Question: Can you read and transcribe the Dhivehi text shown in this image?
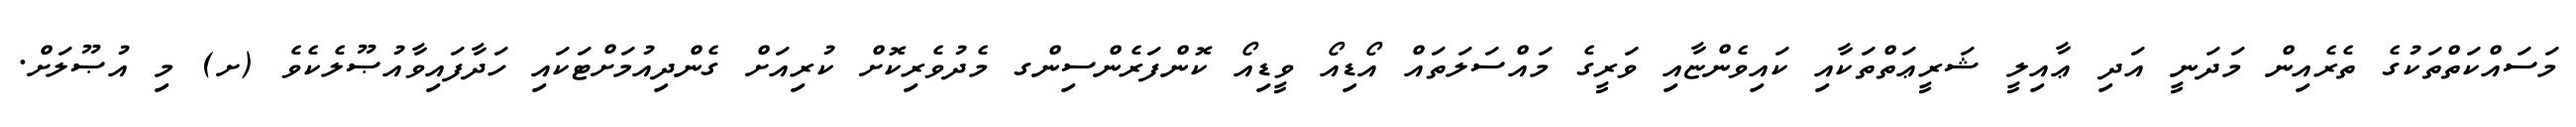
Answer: މަސައްކަތްތަކުގެ ތެރެއިން މަދަނީ އަދި ޢާއިލީ ޝަރީޢަތްތަކާއި ކައިވެންޏާއި ވަރީގެ މައްސަލަތައް އޯޑިއޯ ވީޑިއޯ ކޮންފަރެންސިންގ މެދުވެރިކޮށް ކުރިއަށް ގެންދިއުމަށްޓަކައި ހަދާފައިވާއުޞޫލެކެވެ (ށ) މި އުޞޫލަށް.